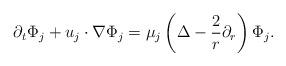
LaTeX: \begin{align*}\partial_t \Phi_{j}+u_j\cdot \nabla \Phi_{j}=\mu_j\left(\Delta-\frac{2}{r}\partial_r \right)\Phi_j.\end{align*}